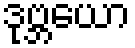
ဒုဗ္ဘယော